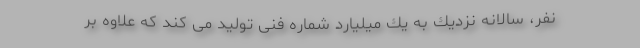
نفر، سالانه نزدیك به یك میلیارد شماره فنی تولید می کند که علاوه بر